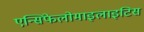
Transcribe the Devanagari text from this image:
एन्सिफेलोमाइलाइटिस